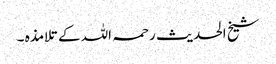
شیخ الحدیث رحمہ اللہ کے تلامذہ ۔